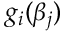
g _ { i } ( \beta _ { j } )